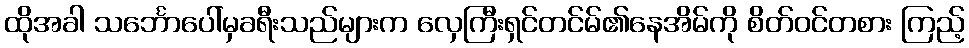
ထိုအခါ သင်္ဘောပေါ်မှခရီးသည်များက လှေကြီးရှင်တင်မ်၏နေအိမ်ကို စိတ်ဝင်တစား ကြည့်